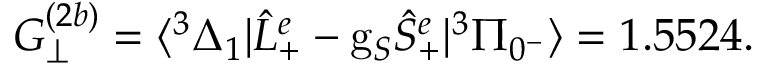
G _ { \perp } ^ { ( 2 b ) } = \langle ^ { 3 } \Delta _ { 1 } | \hat { L } _ { + } ^ { e } - \mathrm { g } _ { S } \hat { S } _ { + } ^ { e } | ^ { 3 } \Pi _ { 0 ^ { - } } \rangle = 1 . 5 5 2 4 .